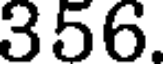
356.